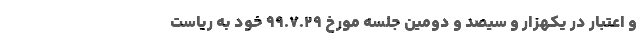
و اعتبار در یکهزار و سیصد و دومین جلسه مورخ ۹۹.۷.۲۹ خود به ریاست